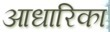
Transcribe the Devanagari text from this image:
आधारिका